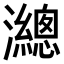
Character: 𤄋